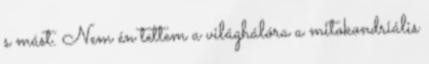
s mást. Nem én tettem a világhálóra a mitokondriális